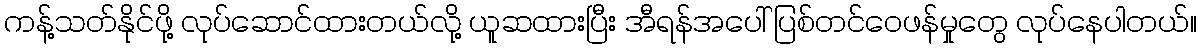
ကန့်သတ်နိုင်ဖို့ လုပ်ဆောင်ထားတယ်လို့ ယူဆထားပြီး အီရန်အပေါ် ပြစ်တင်ဝေဖန်မှုတွေ လုပ်နေပါတယ်။